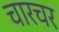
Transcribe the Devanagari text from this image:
चारचर